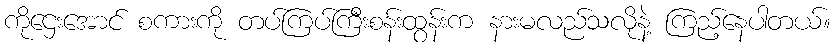
ကိုဌေးအောင် စကားကို တပ်ကြပ်ကြီးစန်းထွန်းက နားမလည်သလိုနဲ့ ကြည့်နေပါတယ်။